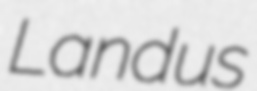
Landus